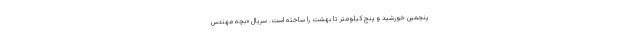
پنجمین خورشید و پنج کیلومتر تا بهشت را ساخته است. سریال «بچه مهندس